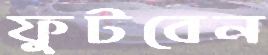
ফুটবেন